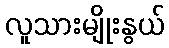
လူသားမျိုးနွယ်